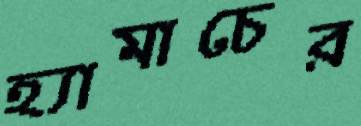
হ্যামাচের